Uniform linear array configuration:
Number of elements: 12
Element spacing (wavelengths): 0.25
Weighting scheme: cosine
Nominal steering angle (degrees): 0
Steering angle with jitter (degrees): -1.722
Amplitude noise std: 0.05
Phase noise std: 0.05

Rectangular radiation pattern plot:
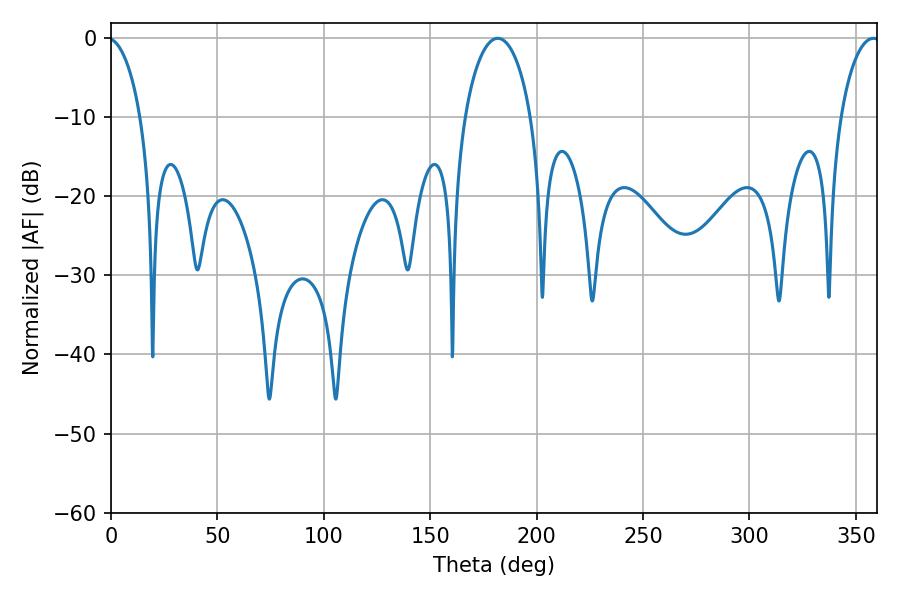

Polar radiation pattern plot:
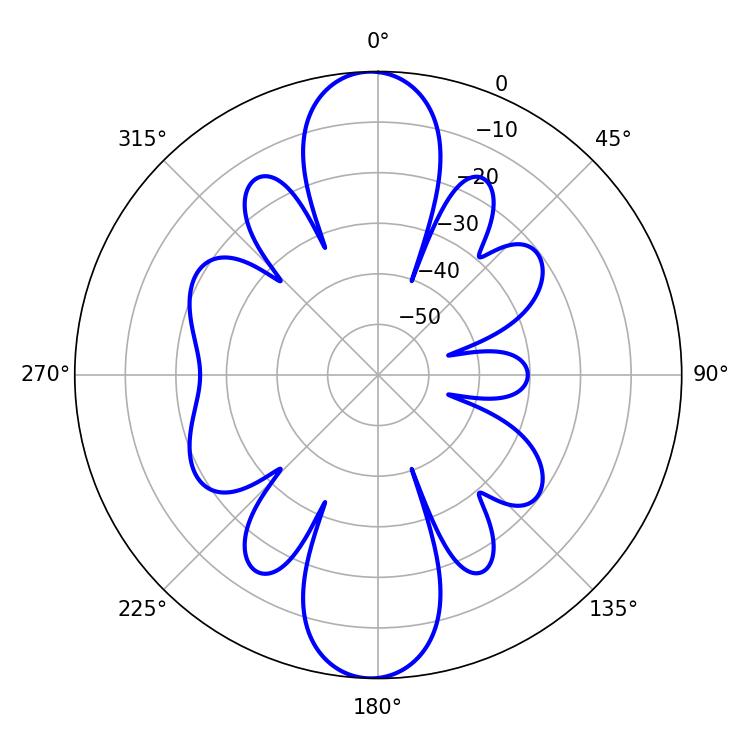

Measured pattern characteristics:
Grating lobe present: FALSE
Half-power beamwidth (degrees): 17.82
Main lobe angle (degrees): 181.8